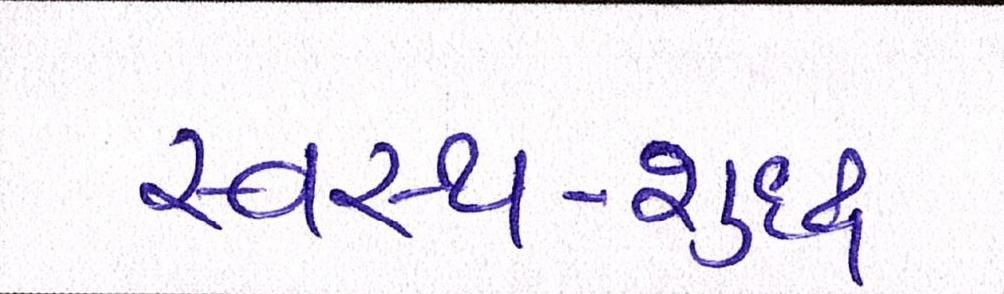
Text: સ્વસ્થ-શુદ્ધ